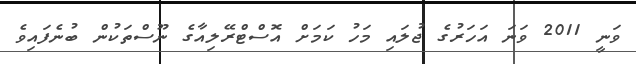
ވަނީ 2011 ވަނަ އަހަރުގެ ޖުލައި މަހު ކަމަށް އޮސްޓްރޭލިއާގެ ނޫސްތަކުން ބުނެފައިވެ